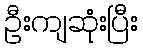
ဦးကျဆုံးပြီး